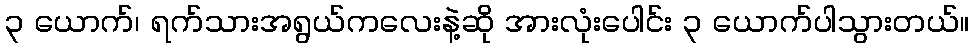
၃ ယောက်၊ ရက်သားအရွယ်ကလေးနဲ့ဆို အားလုံးပေါင်း ၃ ယောက်ပါသွားတယ်။